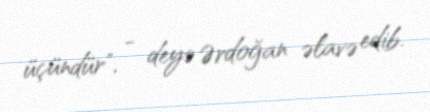
üçündür", - deyə Ərdoğan əlavə edib.